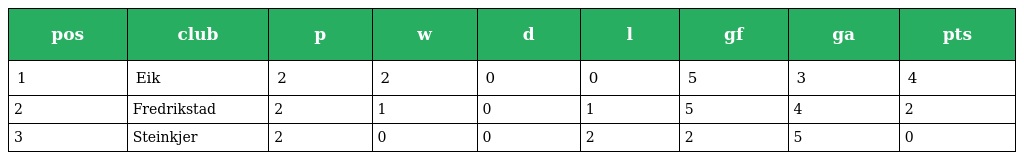
| pos | club | p | w | d | l | gf | ga | pts |
 | --- | --- | --- | --- | --- | --- | --- | --- | --- |
 | 1 | Eik | 2 | 2 | 0 | 0 | 5 | 3 | 4 |
 | 2 | Fredrikstad | 2 | 1 | 0 | 1 | 5 | 4 | 2 |
 | 3 | Steinkjer | 2 | 0 | 0 | 2 | 2 | 5 | 0 |